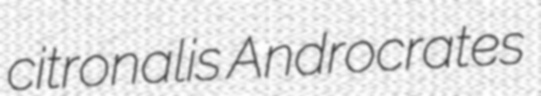
citronalis Androcrates